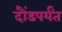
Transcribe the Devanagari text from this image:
दौंडपर्यंत